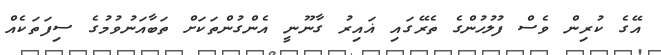
އޭގެ ކުރިން ވެސް ފުލުހުންގެ ތެރޭގައި ޣައިރު ގާނޫނީ އެންގުންތަކަށް ތަބާއަނުވުމުގެ ސިފަތަކެއް